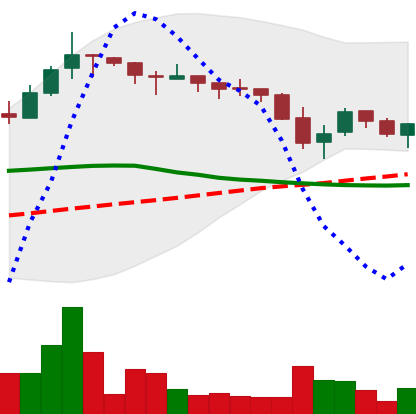
Ticker: TRX-USD
Chart end date: 2018-05-16
Forward return: 14.487%
Label: up_7plus